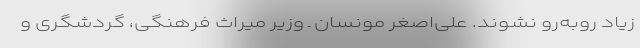
زیاد روبه‌رو نشوند. علی‌اصغر مونسان ـ وزیر میراث فرهنگی، گردشگری و